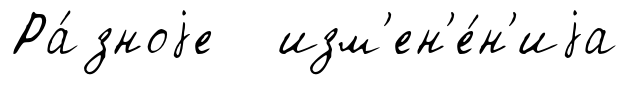
Ра́зноjе изм'ен'е́н'иjа